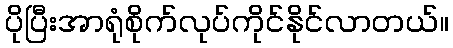
ပိုပြီးအာရုံစိုက်လုပ်ကိုင်နိုင်လာတယ်။